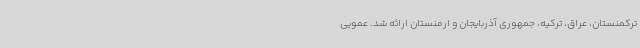
ترکمنستان، عراق، ترکیه، جمهوری آذربایجان و ارمنستان ارائه شد. عمویی